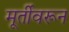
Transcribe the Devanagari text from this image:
मूर्तीवरून